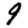
Digit: 9